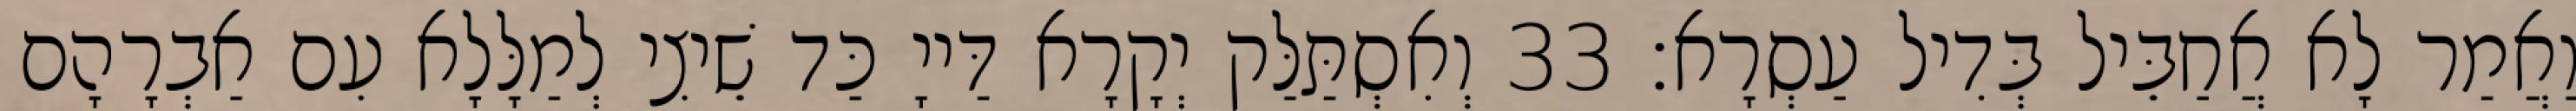
וַאֲמַר לָא אֲחַבֵּיל בְּדִיל עַסְרָא׃ 33 וְאִסְתַּלַּק יְקָרָא דַּייָ כַּד שֵׁיצִי לְמַלָּלָא עִם אַבְרָהָם